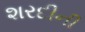
શરદીની